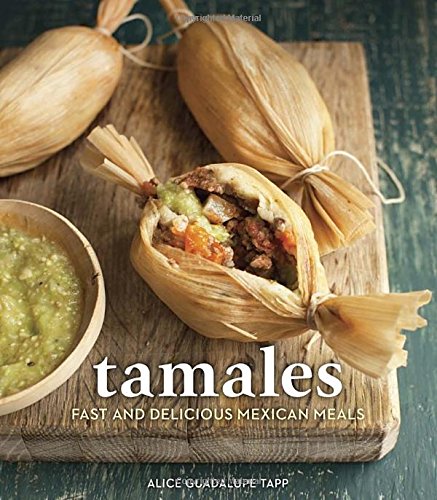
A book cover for Tamales: Fast and Delicious Mexican Meals; Alice Guadalupe Tapp; Cookbooks, Food & Wine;